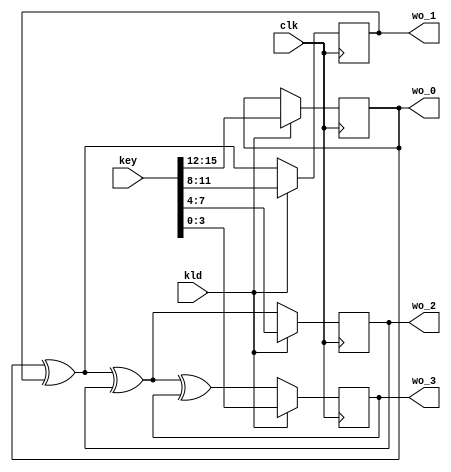

// test taken from aes_core from iwls2005

module aes_key_expand_128(clk, kld, key, wo_0, wo_1, wo_2, wo_3);

input		clk, kld;
input	[15:0]	key;
output	[3:0]	wo_0, wo_1, wo_2, wo_3;
reg	[3:0]	w[3:0];

assign wo_0 = w[0];
assign wo_1 = w[1];
assign wo_2 = w[2];
assign wo_3 = w[3];

always @(posedge clk) begin
	w[0] <= kld ? key[15:12] : w[0];
	w[1] <= kld ? key[11: 8] : w[0]^w[1];
	w[2] <= kld ? key[ 7: 4] : w[0]^w[1]^w[2];
	w[3] <= kld ? key[ 3: 0] : w[0]^w[1]^w[2]^w[3];
end

endmodule